Problem: 14 + 41 = ?
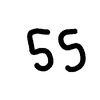
Handwritten answer: 55